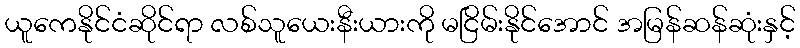
ယူကေနိုင်ငံဆိုင်ရာ လစ်သူယေးနီးယားကို မငြိမ်းနိုင်အောင် အမြန်ဆန်ဆုံးနှင့်